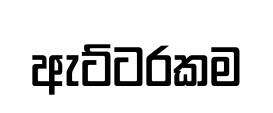
ඇට්ටරකම